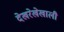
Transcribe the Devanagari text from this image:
देखरेखेखाली